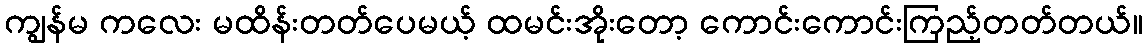
ကျွန်မ ကလေး မထိန်းတတ်ပေမယ့် ထမင်းအိုးတော့ ကောင်းကောင်းကြည့်တတ်တယ်။